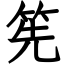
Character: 筅